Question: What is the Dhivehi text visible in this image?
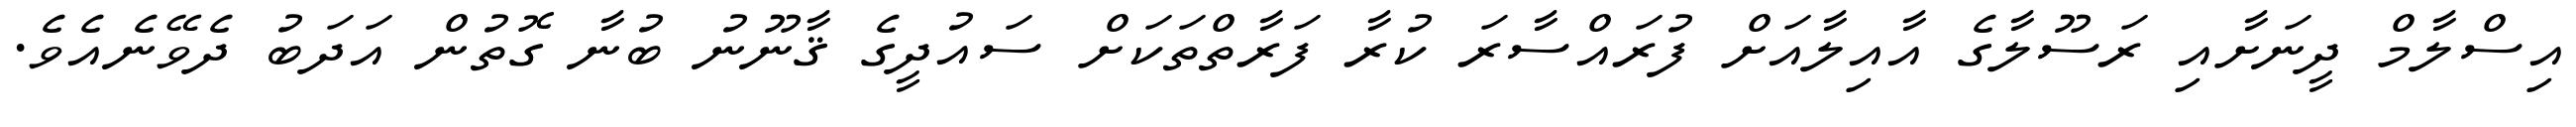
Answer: އިސްލާމް ދީނަށާއި ރަސޫލާގެ އާއިލާއަށް ފުރައްސާރަ ކުރާ ފަރާތްތަކަށް ސައުދީގެ ޤާނޫނު ބުނާ ގޮތުން އަދަބު ދެވޭނެއެވެ.